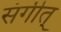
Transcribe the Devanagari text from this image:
संगीत्